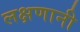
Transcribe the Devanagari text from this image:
लक्षणानी